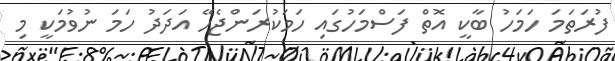
ފުރަތަމަ ހަމަހު ބާކީ އޮތް ފަސްމަހުގައި ހަމަކުރަންޖެހޭ އަދަދު ހަމަ ނުވުމަކީ މި